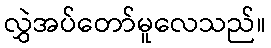
လွှဲအပ်တော်မူလေသည်။